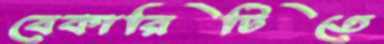
বেকারিটিতে